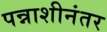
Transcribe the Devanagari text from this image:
पन्नाशीनंतर